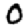
Digit: 0